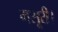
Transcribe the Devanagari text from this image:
मसूरी।